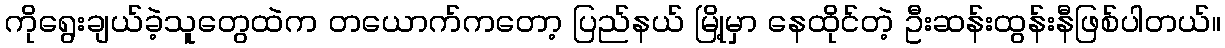
ကိုရွေးချယ်ခဲ့သူတွေထဲက တယောက်ကတော့ ပြည်နယ် မြို့မှာ နေထိုင်တဲ့ ဦးဆန်းထွန်းနီဖြစ်ပါတယ်။